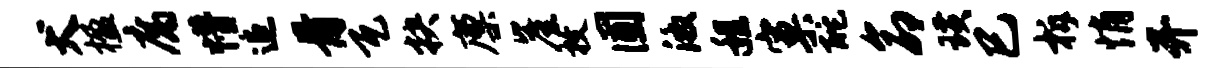
犬楹腐懵追骨瓦抉廪崖枚圃激程窠酡命璜巳柝悄开